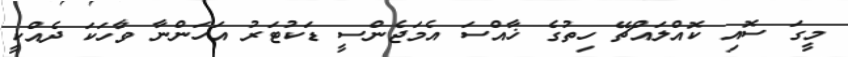
މީގަ ސޮއި ކޮއްލައްޗޭ ހިތުގެ ޚާއްސަ އެމަޖެންސީ ޑަކުޓަރު އަހަންނާ ވާހަކަ ދެއްކީ